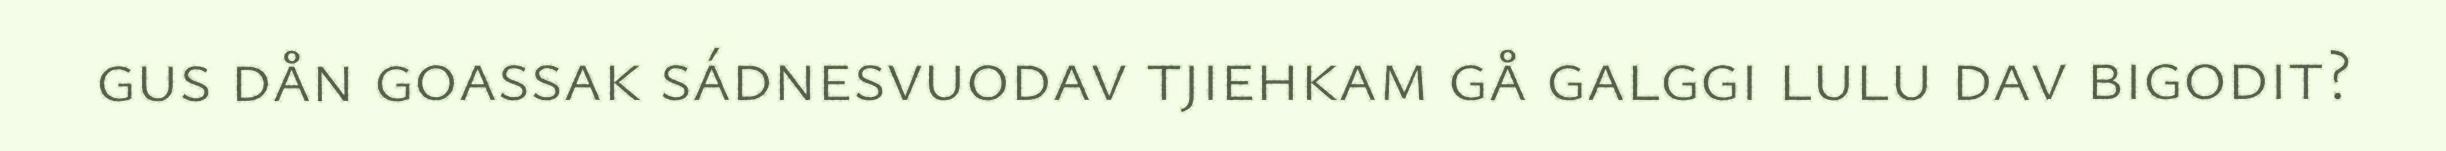
gus dån goassak sádnesvuodav tjiehkam gå galggi lulu dav bigodit?